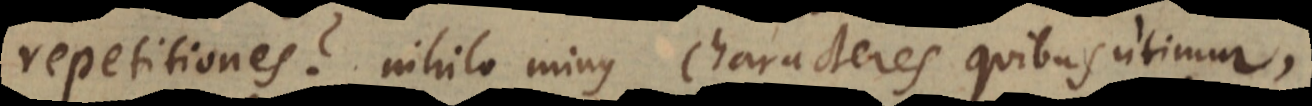
repetitiones? Nihilominus Characteres quibus utimur,